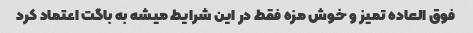
فوق العاده تمیز و خوش مزه فقط در این شرایط میشه به باگت اعتماد کرد